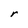
Character: r